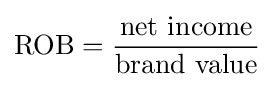
\mathrm {ROB} ={\frac {\mbox{net income}}{\mbox{brand value}}}